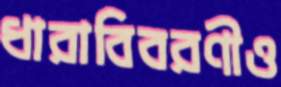
ধারাবিবরণীও